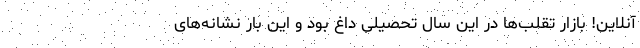
آنلاین! بازار تقلب‌ها در این سال تحصیلی داغ بود و این بار نشانه‌های